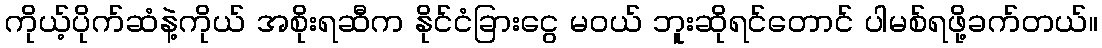
ကိုယ့်ပိုက်ဆံနဲ့ကိုယ် အစိုးရဆီက နိုင်ငံခြားငွေ မဝယ် ဘူးဆိုရင်တောင် ပါမစ်ရဖို့ခက်တယ်။